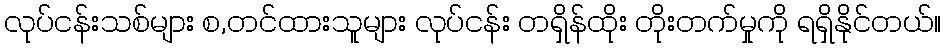
လုပ်ငန်းသစ်များ စ,တင်ထားသူများ လုပ်ငန်း တရှိန်ထိုး တိုးတက်မှုကို ရရှိနိုင်တယ်။